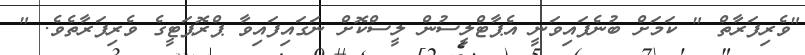
"ވެރިފަރާތް " ކަމަށް ބުނެފައިވަނީ އެޕާޓްލީސުން ލީސްކޮށް ނަގައިފައިވާ ޕްރޮޕަޓީގެ ވެރިފަރާތެވެ. "